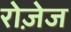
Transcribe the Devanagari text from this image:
रोज़ेज